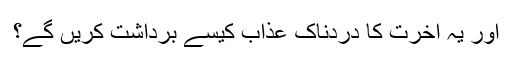
اور یہ آخرت کا دردناک عذاب کیسے برداشت کریں گے؟